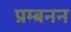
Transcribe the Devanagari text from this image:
प्रम्बनन